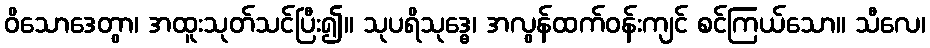
ဝိသောဒေတွာ၊ အထူးသုတ်သင်ပြီး၍။ သုပရိသုဒ္ဓေ၊ အလွန်ထက်ဝန်းကျင် စင်ကြယ်သော။ သီလေ၊